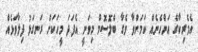
އެމެރިކާގެ އަންހެނެއް ކަމަށްވާ ވެގާ ބްލޮސޮމް މިވަނީ އެފަދަ މީހަކަށް ރަނގަޅު ފިލާވަޅެއް